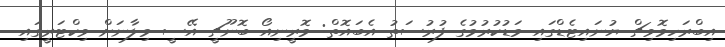
އިބްރަހިމޮވިޗް ޔުނައިޓެޑްގައި މަޑުކުރުމުގެ ފުރުސަތު އެބައޮތް: މޮރީނިއޯ ބޮނޫޗީ އޭސީ މިލާނަށް ވިކްޓަރީގައި